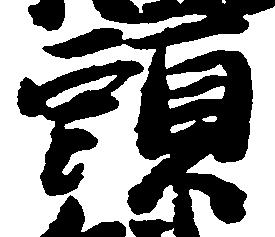
頭